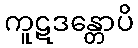
ကူဋဒန္တောပိ